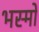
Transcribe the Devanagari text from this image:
भस्मों